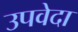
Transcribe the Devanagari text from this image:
उपवेदा